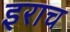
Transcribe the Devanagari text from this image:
इराच